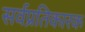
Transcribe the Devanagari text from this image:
सर्वप्रतिकारक